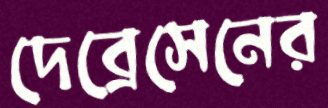
দেব্রেসেনের